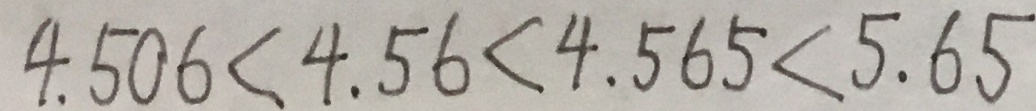
4 . 5 0 6 < 4 . 5 6 < 4 . 5 6 5 < 5 . 6 5